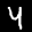
Label: 4